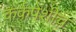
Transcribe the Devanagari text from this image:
कर्कपेशीच